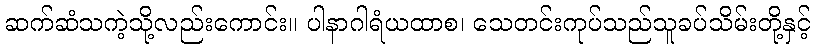
ဆက်ဆံသကဲ့သို့လည်းကောင်း။ ပါနာဂါရံယထာစ၊ သေတင်းကုပ်သည်သူခပ်သိမ်းတို့နှင့်